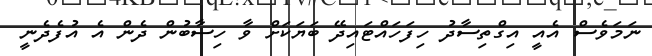
ނަމަވެސް އެއީ އިގްތިސާދު ހިފަހައްޓައިދޭ ބަޔަަކަށް ވާ ހިސާބުން ދެން އެ އުފެދެނީ